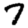
Digit: 7